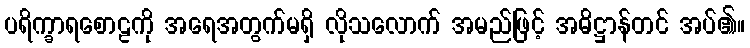
ပရိက္ခာရစောဠကို အရေအတွက်မရှိ လိုသလောက် အမည်ဖြင့် အဓိဋ္ဌာန်တင် အပ်၏။